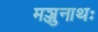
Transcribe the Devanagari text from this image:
मञ्जुनाथः